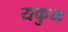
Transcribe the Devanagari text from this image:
यकुम